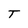
Character: T